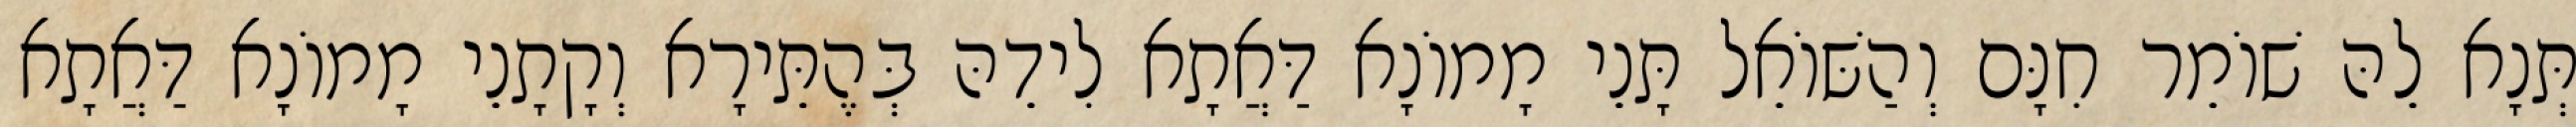
תְּנָא לֵהּ שׁוֹמֵר חִנָּם וְהַשּׁוֹאֵל תָּנֵי מָמוֹנָא דַּאֲתָא לִידֵהּ בְּהֶתֵּירָא וְקָתָנֵי מָמוֹנָא דַּאֲתָא